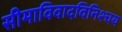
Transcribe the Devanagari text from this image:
सीमाविवादविनिश्चय